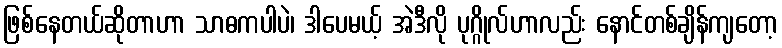
ဖြစ်နေတယ်ဆိုတာဟာ သာဓကပါပဲ၊ ဒါပေမယ့် အဲဒီလို ပုဂ္ဂိုလ်ဟာလည်း နောင်တစ်ချိန်ကျတော့